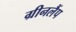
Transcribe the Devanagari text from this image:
ग्रीनलैंप